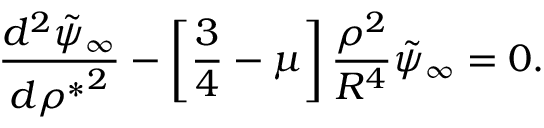
{ \frac { d ^ { 2 } \tilde { \psi } _ { \infty } } { d { \rho ^ { * } } ^ { 2 } } } - \left[ { \frac { 3 } { 4 } } - \mu \right] { \frac { \rho ^ { 2 } } { R ^ { 4 } } } \tilde { \psi } _ { \infty } = 0 .